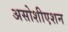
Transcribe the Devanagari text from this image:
असोशीएशन